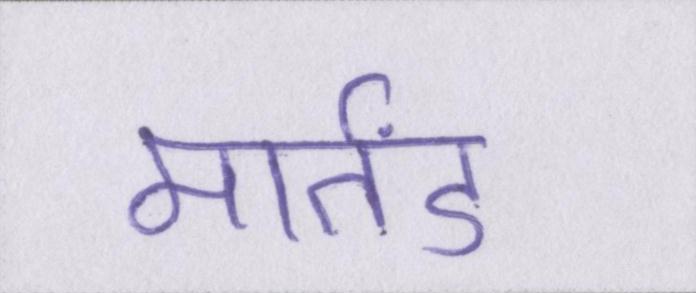
मार्तंड